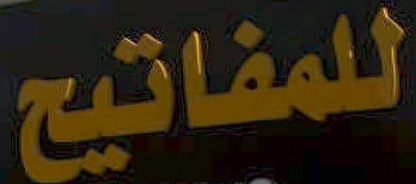
للمفاتيح